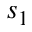
s _ { 1 }